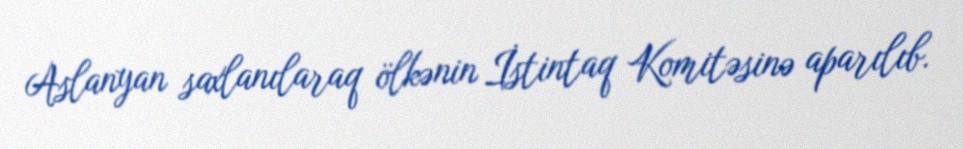
Aslanyan saxlanılaraq ölkənin İstintaq Komitəsinə aparılıb.